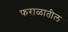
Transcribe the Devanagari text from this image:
फराळातील